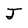
Character: J